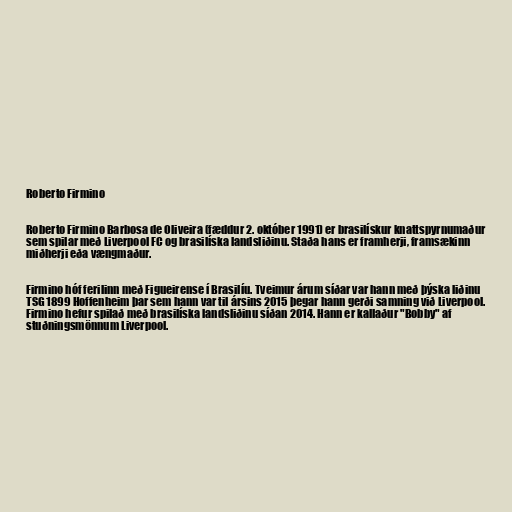
Roberto Firmino

Roberto Firmino Barbosa de Oliveira (fæddur 2. október 1991) er brasilískur knattspyrnumaður
sem spilar með Liverpool FC og brasilíska landsliðinu. Staða hans er framherji, framsækinn
miðherji eða vængmaður.

Firmino hóf ferilinn með Figueirense í Brasilíu. Tveimur árum síðar var hann með þýska liðinu
TSG 1899 Hoffenheim þar sem hann var til ársins 2015 þegar hann gerði samning við Liverpool.
Firmino hefur spilað með brasilíska landsliðinu síðan 2014. Hann er kallaður "Bobby" af
stuðningsmönnum Liverpool.